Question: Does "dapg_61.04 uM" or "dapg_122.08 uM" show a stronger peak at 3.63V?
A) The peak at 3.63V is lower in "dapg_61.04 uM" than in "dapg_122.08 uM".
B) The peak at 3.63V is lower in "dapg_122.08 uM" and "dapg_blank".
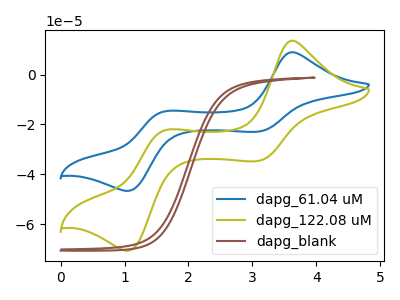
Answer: <think>The blue curve "dapg_61.04 uM" has anodic peaks at (3.65V, 9.00uA) (1.65V, -14.75uA) and cathodic peaks at (3.10V, -22.90uA) (1.05V, -46.70uA). The olive curve "dapg_122.08 uM" has anodic peaks at (3.65V, 13.60uA) (1.65V, -22.35uA) and cathodic peaks at (3.10V, -34.70uA) (1.05V, -70.75uA). The brown curve "dapg_blank" has no peaks.</think>
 <answer>A) The peak at 3.63V is lower in "dapg_61.04 uM" than in "dapg_122.08 uM".</answer>
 <eval>A</eval>